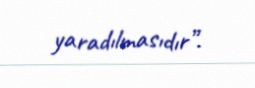
yaradılmasıdır”.